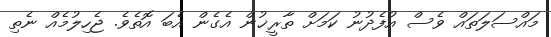
މައްސަލަތައް ވެސް އުފެދުނު ކަމަށް ތާރީޚުން އެގެން އެބަ އޮތެވެ. ޖެހިލުމެއް ނެތި